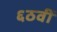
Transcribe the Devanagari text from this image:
६ठवीँ